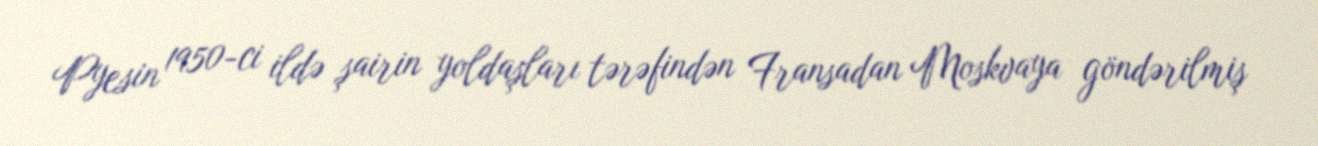
Pyesin 1950-ci ildə şairin yoldaşları tərəfindən Fransadan Moskvaya göndərilmiş